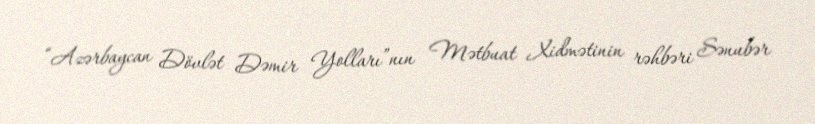
“Azərbaycan Dövlət Dəmir Yolları”nın Mətbuat Xidmətinin rəhbəri Sənubər